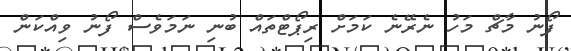
ފޯނު މާޗް މަހު ނެރޭނެ ކަމަށް ރިޕޯޓްތައް ބުނި ނަމަވެސް ފޯނު ވިއްކަން